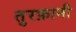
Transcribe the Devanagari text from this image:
तुरफ़ानी